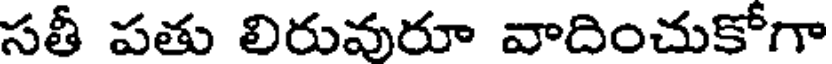
సతీ పతు లిరువురూ వాదించుకోగా